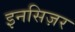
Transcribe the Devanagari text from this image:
इनसिज़र